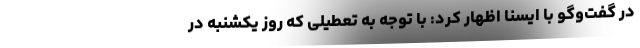
در گفت‌وگو با ایسنا اظهار کرد: با توجه به تعطیلی که روز یکشنبه در